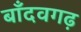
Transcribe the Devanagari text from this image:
बाँदवगढ़